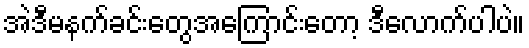
အဲဒီမနက်ခင်းတွေအကြောင်းတော့ ဒီလောက်ပါပဲ။